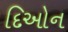
દિઓન